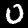
Label: 0